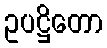
ဥပဋ္ဌိတော